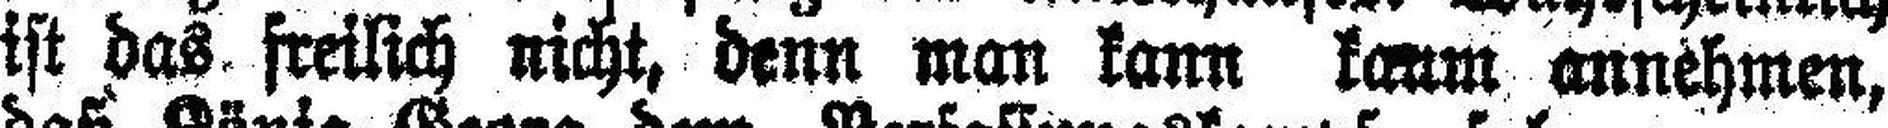
ist das freilich nicht, denn man kann kaum annehmen,